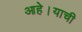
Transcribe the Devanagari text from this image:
आहे।याची